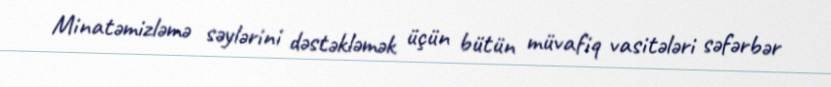
Minatəmizləmə səylərini dəstəkləmək üçün bütün müvafiq vasitələri səfərbər